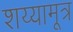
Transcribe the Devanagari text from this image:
शय्यामूत्र